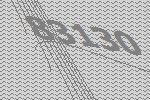
83130